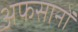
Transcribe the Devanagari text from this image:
अफसानों